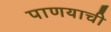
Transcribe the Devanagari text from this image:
पाणयाची